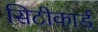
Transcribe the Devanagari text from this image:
सिटीकार्ड